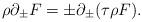
LaTeX: \begin{align*}\rho\partial_\pm F = \pm \partial_{\pm} (\tau\rho F).\end{align*}